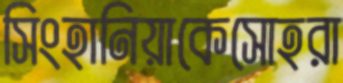
সিংহানিয়াকেসোহরা